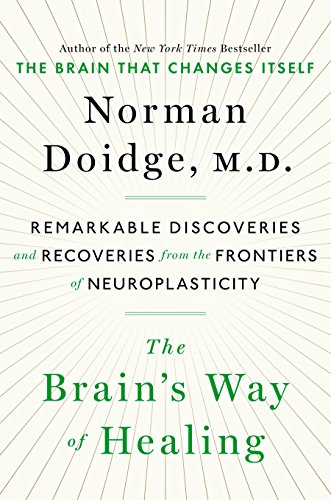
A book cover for The Brain's Way of Healing: Remarkable Discoveries and Recoveries from the Frontiers of Neuroplasticity; Norman Doidge; Medical Books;